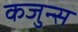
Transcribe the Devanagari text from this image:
कजुन्स